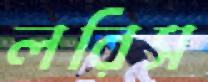
লরিস